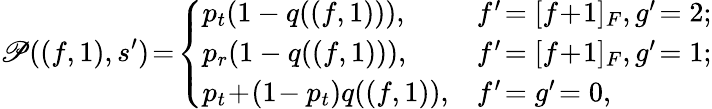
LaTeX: \mathscr{P}((f,1),s^{\prime})\! =\! \left\{ \begin{array}{ll}{p_{t}(1-q((f,1))),}&{f^{\prime}\! =[f\! +\! 1]_{F},g^{\prime}\! =2;}\\ {p_{r}(1-q((f,1))),}&{f^{\prime}\! =[f\! +\! 1]_{F},g^{\prime}\! =1;}\\ {p_{t}\! +\! (1\! -p_{t})q((f,1)),}&{f^{\prime}\! =g^{\prime}\! =0,}\end{array}\right.